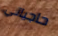
حاجياتي